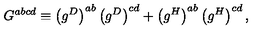
G ^ { a b c d } \equiv \left( g ^ { D } \right) ^ { a b } \left( g ^ { D } \right) ^ { c d } + \left( g ^ { H } \right) ^ { a b } \left( g ^ { H } \right) ^ { c d } ,